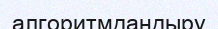
алгоритмдандыру